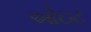
ઓઇટ